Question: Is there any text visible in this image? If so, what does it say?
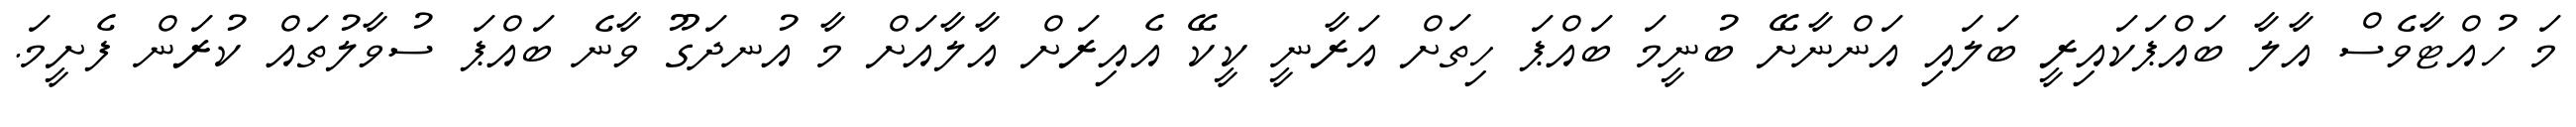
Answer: މަ ހުއްޓާވެސް އާލާ ބައްޕަކައިރީ ބަލައި އަންނާށޭ ބުނީމަ ބައްޕަ ހިތަށް އަރާނީ ކީކޭ އެއިރަށް އާލާއަށް މާ އުނދަގޫ ވާނެ ބައްޕަ ސުވާލުތައް ކުރަން ފެށީމަ.